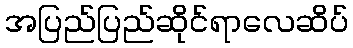
အပြည်ပြည်ဆိုင်ရာလေဆိပ်